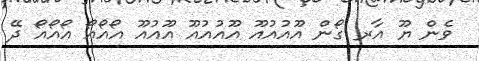
ވެން ޔޫ އާރ ގޯން އޫއުއުއޫ އޫއުއުއޫ އޫއުއޫ އޯއޯއޯ އޯއޯއޯ ދޭ